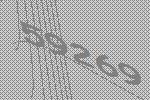
59269